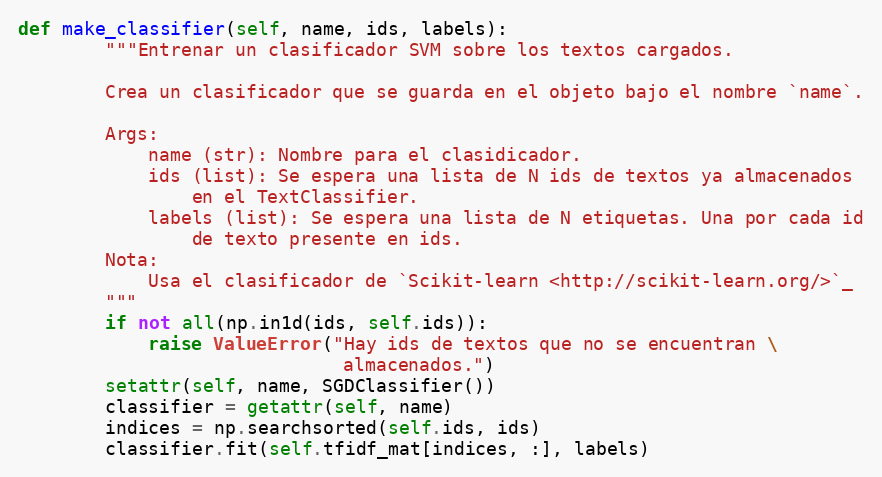
Language: Python
def make_classifier(self, name, ids, labels):
        """Entrenar un clasificador SVM sobre los textos cargados.

        Crea un clasificador que se guarda en el objeto bajo el nombre `name`.

        Args:
            name (str): Nombre para el clasidicador.
            ids (list): Se espera una lista de N ids de textos ya almacenados
                en el TextClassifier.
            labels (list): Se espera una lista de N etiquetas. Una por cada id
                de texto presente en ids.
        Nota:
            Usa el clasificador de `Scikit-learn <http://scikit-learn.org/>`_
        """
        if not all(np.in1d(ids, self.ids)):
            raise ValueError("Hay ids de textos que no se encuentran \
                              almacenados.")
        setattr(self, name, SGDClassifier())
        classifier = getattr(self, name)
        indices = np.searchsorted(self.ids, ids)
        classifier.fit(self.tfidf_mat[indices, :], labels)